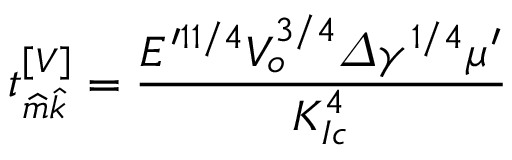
t _ { \widehat { m } \widehat { k } } ^ { \left[ V \right] } = \frac { E ^ { \prime 1 1 / 4 } V _ { o } ^ { 3 / 4 } \varDelta \gamma ^ { 1 / 4 } \mu ^ { \prime } } { K _ { I c } ^ { 4 } }